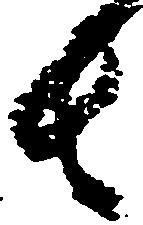
者